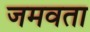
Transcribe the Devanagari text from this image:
जमवता